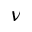
\nu